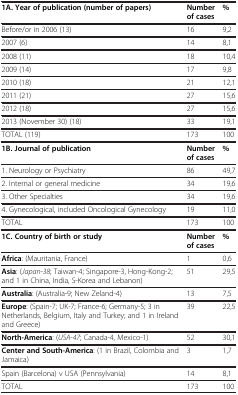
<table><thead><tr><td><b>1A. Year of publication (number of papers)</b></td><td><b>Number of cases</b></td><td><b>%</b></td></tr></thead><tbody><tr><td>Before/or in 2006 (13)</td><td>16</td><td>9,2</td></tr><tr><td>2007 (6)</td><td>14</td><td>8,1</td></tr><tr><td>2008 (11)</td><td>18</td><td>10,4</td></tr><tr><td>2009 (14)</td><td>17</td><td>9,8</td></tr><tr><td>2010 (18)</td><td>21</td><td>12,1</td></tr><tr><td>2011 (21)</td><td>27</td><td>15,6</td></tr><tr><td>2012 (18)</td><td>27</td><td>15,6</td></tr><tr><td>2013 (November 30) (18)</td><td>33</td><td>19,1</td></tr><tr><td>TOTAL (119)</td><td>173</td><td>100</td></tr><tr><td><b>1B. Journal of publication</b></td><td><b>Number of cases</b></td><td><b>%</b></td></tr><tr><td>1. Neurology or Psychiatry</td><td>86</td><td>49,7</td></tr><tr><td>2. Internal or general medicine</td><td>34</td><td>19,6</td></tr><tr><td>3. Other Specialties</td><td>34</td><td>19,6</td></tr><tr><td>4. Gynecological, included Oncological Gynecology</td><td>19</td><td>11,0</td></tr><tr><td>TOTAL</td><td>173</td><td>100</td></tr><tr><td><b>1C. Country of birth or study</b></td><td><b>Number of cases</b></td><td><b>%</b></td></tr><tr><td><b>Africa</b>: (Mauritania, France)</td><td>1</td><td>0,6</td></tr><tr><td><b>Asia</b>: (<i>Japan-38</i>; Taiwan-4; Singapore-3, Hong-Kong-2; and 1 in China, India, S-Korea and Lebanon)</td><td>51</td><td>29,5</td></tr><tr><td><b>Australia</b>: (Australia-9; New Zeland-4)</td><td>13</td><td>7,5</td></tr><tr><td><b>Europe</b>: (Spain-7; UK-7; France-6; Germany-5; 3 in Netherlands, Belgium, Italy and Turkey; and 1 in Ireland and Greece)</td><td>39</td><td>22,5</td></tr><tr><td><b>North-America</b>: (<i>USA-47</i>; Canada-4, Mexico-1)</td><td>52</td><td>30,1</td></tr><tr><td><b>Center and South-America</b>: (1 in Brazil, Colombia and Jamaica)</td><td>3</td><td>1,7</td></tr><tr><td>Spain (Barcelona) v USA (Pennsylvania)</td><td>14</td><td>8,1</td></tr><tr><td>TOTAL</td><td>173</td><td>100</td></tr></tbody></table>